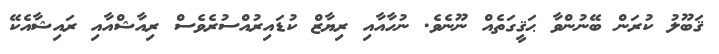
ޤަބޫލު ކުރަން ބޭނުންވާ ޙަޤީގަތެއް ނޫނެވެ. ނުހާއާއި ރިޔާޒް ކުޑައިރުއްސުރެވެސް ރިއާޝްއާއި ރައިޝާއެކޭ